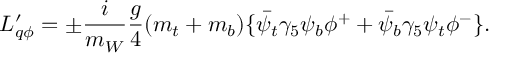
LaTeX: { \cal L } _ { q \phi } ^ { \prime } = \pm { \frac { i } { m _ { W } } } { \frac { g } { 4 } } ( m _ { t } + m _ { b } ) \{ \bar { \psi } _ { t } \gamma _ { 5 } \psi _ { b } \phi ^ { + } + \bar { \psi } _ { b } \gamma _ { 5 } \psi _ { t } \phi ^ { - } \} .